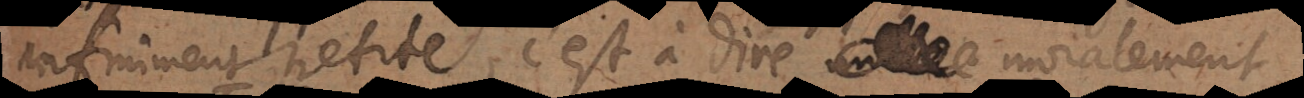
infiniment petite, c’est à dire null moralement